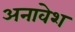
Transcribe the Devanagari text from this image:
अनावेश